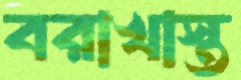
বরাখাস্ত